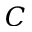
C